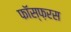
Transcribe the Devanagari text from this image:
फॉस्फ़रस